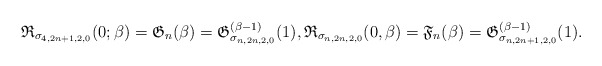
\begin{gather*} \mathfrak{R}_{\sigma_{4,2n+1,2,0}}(0;\beta) = \mathfrak{G}_n( \beta) = \mathfrak{G}_{\sigma_{n,2n,2,0}}^{(\beta-1)}(1),\mathfrak{R}_{\sigma_{n,2n,2,0}}(0,\beta)= \mathfrak{F}_n(\beta)= \mathfrak{G}_{\sigma_{n,2n+1,2,0}}^{(\beta-1)}(1).\end{gather*}